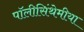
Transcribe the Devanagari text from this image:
पॉलीसिंथेमीया